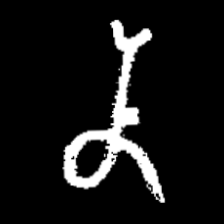
Pyu character \u2014 Myanmar letter: န (romanized: na)